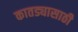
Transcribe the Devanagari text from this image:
कातड्यासाठी